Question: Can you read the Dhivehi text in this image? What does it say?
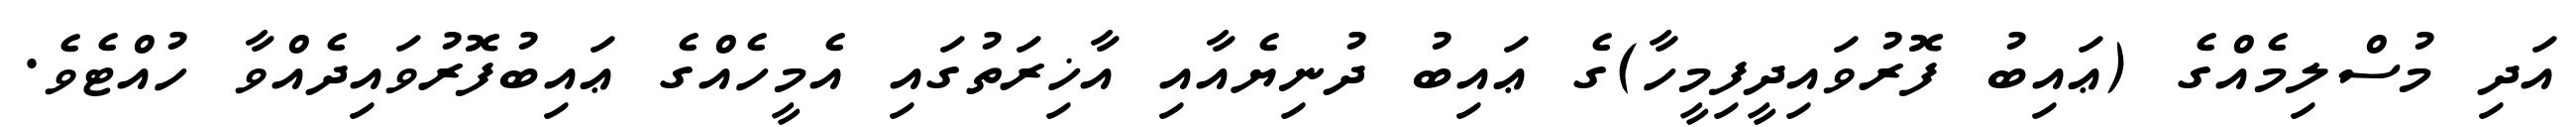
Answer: އަދި މުސްލިމެއްގެ (ޢައިބު ފޮރުވައިދީފިމީހާ)ގެ ޢައިބު ދުނިޔެއާއި އާޚިރަތުގައި އެމީހެއްގެ ޢައިބުފޮރުވައިދެއްވާ ހުއްޓެވެ.